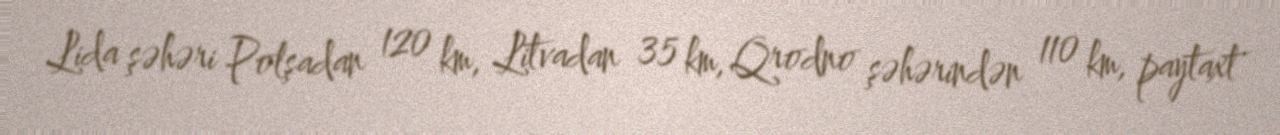
Lida şəhəri Polşadan 120 km, Litvadan 35 km, Qrodno şəhərindən 110 km, paytaxt